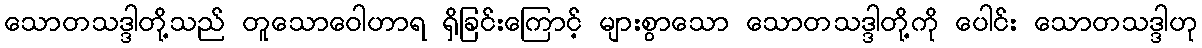
သောတသဒ္ဒါတို့သည် တူသောဝေါဟာရ ရှိခြင်းကြောင့် များစွာသော သောတသဒ္ဒါတို့ကို ပေါင်း သောတသဒ္ဒါဟု